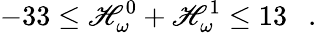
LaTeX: -33\le\mathscr{H}_{\omega}^{0}+\mathscr{H}_{\omega}^{1}\le13\ \ \ .